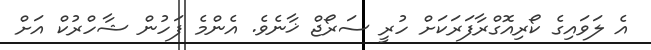
އެ ލަވައިގެ ކޯރިއޮގްރާފަރަކަށް ހުރީ ސަރޯޖް ޚާނެވެ. އެންމެ ފަހުން ޝާހްރުކް އަށް